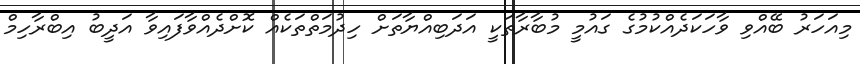
މިއަހަރު ބޭއްވި ވާހަކަދެއްކުމުގެ ގައުމީ މުބާރާތަކީ އަދަބިއްޔާތަށް ހިދުމަތްތަކެއް ކޮށްދެއްވާފައިވާ އަދީބު އިބްރާހިމް